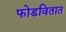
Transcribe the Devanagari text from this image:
फोडवितात